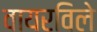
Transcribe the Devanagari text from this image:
वायरविले